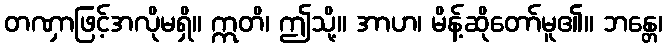
တဏှာဖြင့်အလိုမရှိ။ ဣတိ၊ ဤသို့။ အာဟ၊ မိန့်ဆိုတော်မူ၏။ ဘန္တေ၊